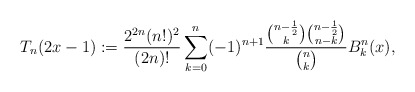
\begin{align*}T_{n}(2x-1):=\frac{2^{2n}(n!)^{2}}{(2n)!}\sum_{k=0}^{n}(-1)^{n+1}\frac{\binom{n-\frac{1}{2}}{k}\binom{n-\frac{1}{2}}{n-k}}{\binom{n}{k}}B_{k}^{n}(x),\end{align*}